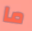
ما